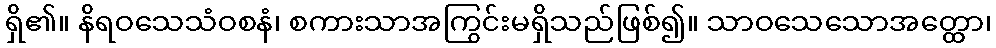
ရှိ၏။ နိရဝသေသံဝစနံ၊ စကားသာအကြွင်းမရှိသည်ဖြစ်၍။ သာဝသေသောအတ္ထော၊